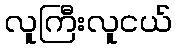
လူကြီးလူငယ်